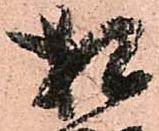
相